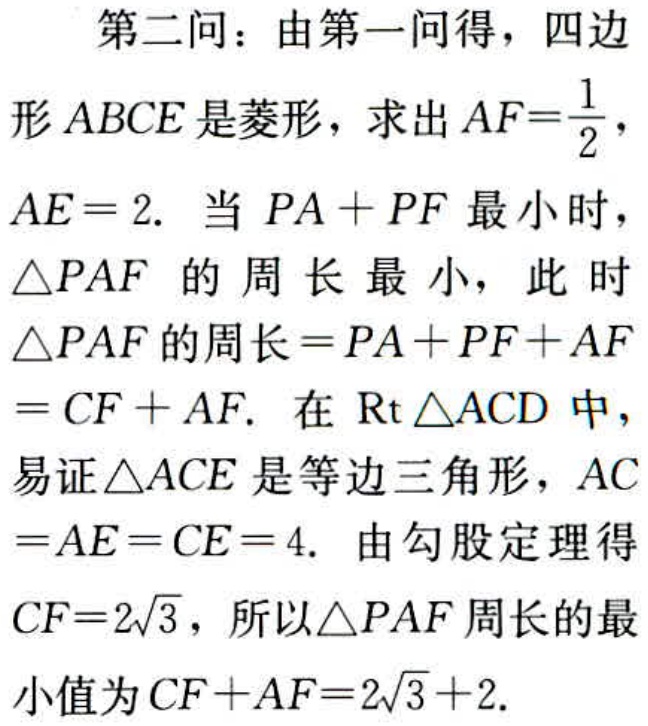
第二问：由第一问得，四边形\(ABCE\)是菱形，求出\(AF = \frac{1}{2}\)，\(AE = 2\). 当 \(PA + PF\) 最小时，\(\triangle PAF\) 的周长最小，此时\(\triangle PAF\)的周长\(=PA + PF + AF=CF + AF\). 在 \(\text{Rt} \triangle ACD\) 中，易证\(\triangle ACE\)是等边三角形，\(AC = AE = CE = 4\). 由勾股定理得\(CF = 2\sqrt{3}\)，所以\(\triangle PAF\)周长的最小值为\(CF + AF = 2\sqrt{3}+2\).